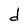
Character: d